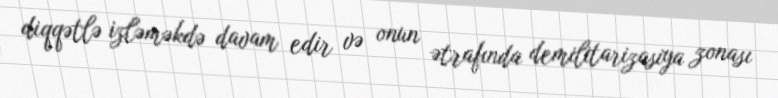
diqqətlə izləməkdə davam edir və onun ətrafında demilitarizasiya zonası